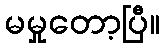
မမှုတော့ပြီ။